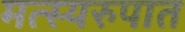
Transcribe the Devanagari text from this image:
मत्स्यरुपात